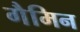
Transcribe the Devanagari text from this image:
गैमिन